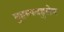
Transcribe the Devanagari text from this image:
मुहम्मदहुसेन